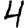
Digit: 4